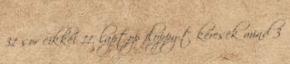
31 sor cikkei 11. laptop floppy-t keresek mind 3